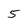
Character: 5